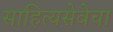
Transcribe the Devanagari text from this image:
साहित्यसेवेचा